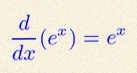
\frac{d}{dx}(e^x)=e^x